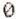
0